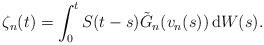
LaTeX: \begin{align*}\zeta_n(t)=\int_0^t S(t-s)\tilde G_n(v_n(s))\, {\rm d}W(s).\end{align*}